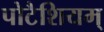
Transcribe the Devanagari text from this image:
पोटैशियम्‌